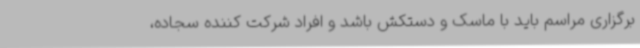
برگزاری مراسم باید با ماسک و دستکش باشد و افراد شرکت کننده سجاده،